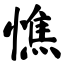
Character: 憔